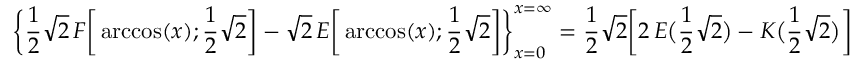
{ \biggl \{ \frac { 1 } { 2 } } { \sqrt { 2 } } \, F { \biggl [ } \operatorname { a r c c o s } ( x ) ; { \frac { 1 } { 2 } } { \sqrt { 2 } } { \biggr ] } - { \sqrt { 2 } } \, E { \biggl [ } \operatorname { a r c c o s } ( x ) ; { \frac { 1 } { 2 } } { \sqrt { 2 } } { \biggr ] } { \biggr \} } _ { x = 0 } ^ { x = \infty } = { \frac { 1 } { 2 } } { \sqrt { 2 } } { \biggl [ } 2 \, E { \bigl ( } { \frac { 1 } { 2 } } { \sqrt { 2 } } { \bigr ) } - K { \bigl ( } { \frac { 1 } { 2 } } { \sqrt { 2 } } { \bigr ) } { \biggr ] }